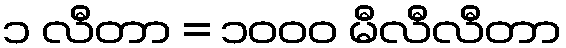
၁ လီတာ = ၁၀၀၀ မီလီလီတာ